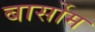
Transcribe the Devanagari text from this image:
बार्सोम